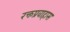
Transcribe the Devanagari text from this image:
रक्तप्रवाहास